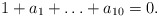
\begin{align*} 1+a_1+\ldots+a_{10}=0.\end{align*}